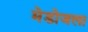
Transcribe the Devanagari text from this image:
मेडोजला